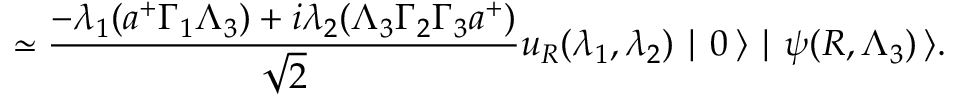
\simeq \frac { - \lambda _ { 1 } ( a ^ { + } \Gamma _ { 1 } \Lambda _ { 3 } ) + i \lambda _ { 2 } ( \Lambda _ { 3 } \Gamma _ { 2 } \Gamma _ { 3 } a ^ { + } ) } { \sqrt { 2 } } u _ { R } ( \lambda _ { 1 } , \lambda _ { 2 } ) \mid 0 \, \rangle \mid \psi ( R , \Lambda _ { 3 } ) \, \rangle .